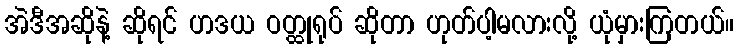
အဲဒီအဆိုနဲ့ ဆိုရင် ဟဒယ ဝတ္ထုရုပ် ဆိုတာ ဟုတ်ပါ့မလားလို့ ယုံမှားကြတယ်။